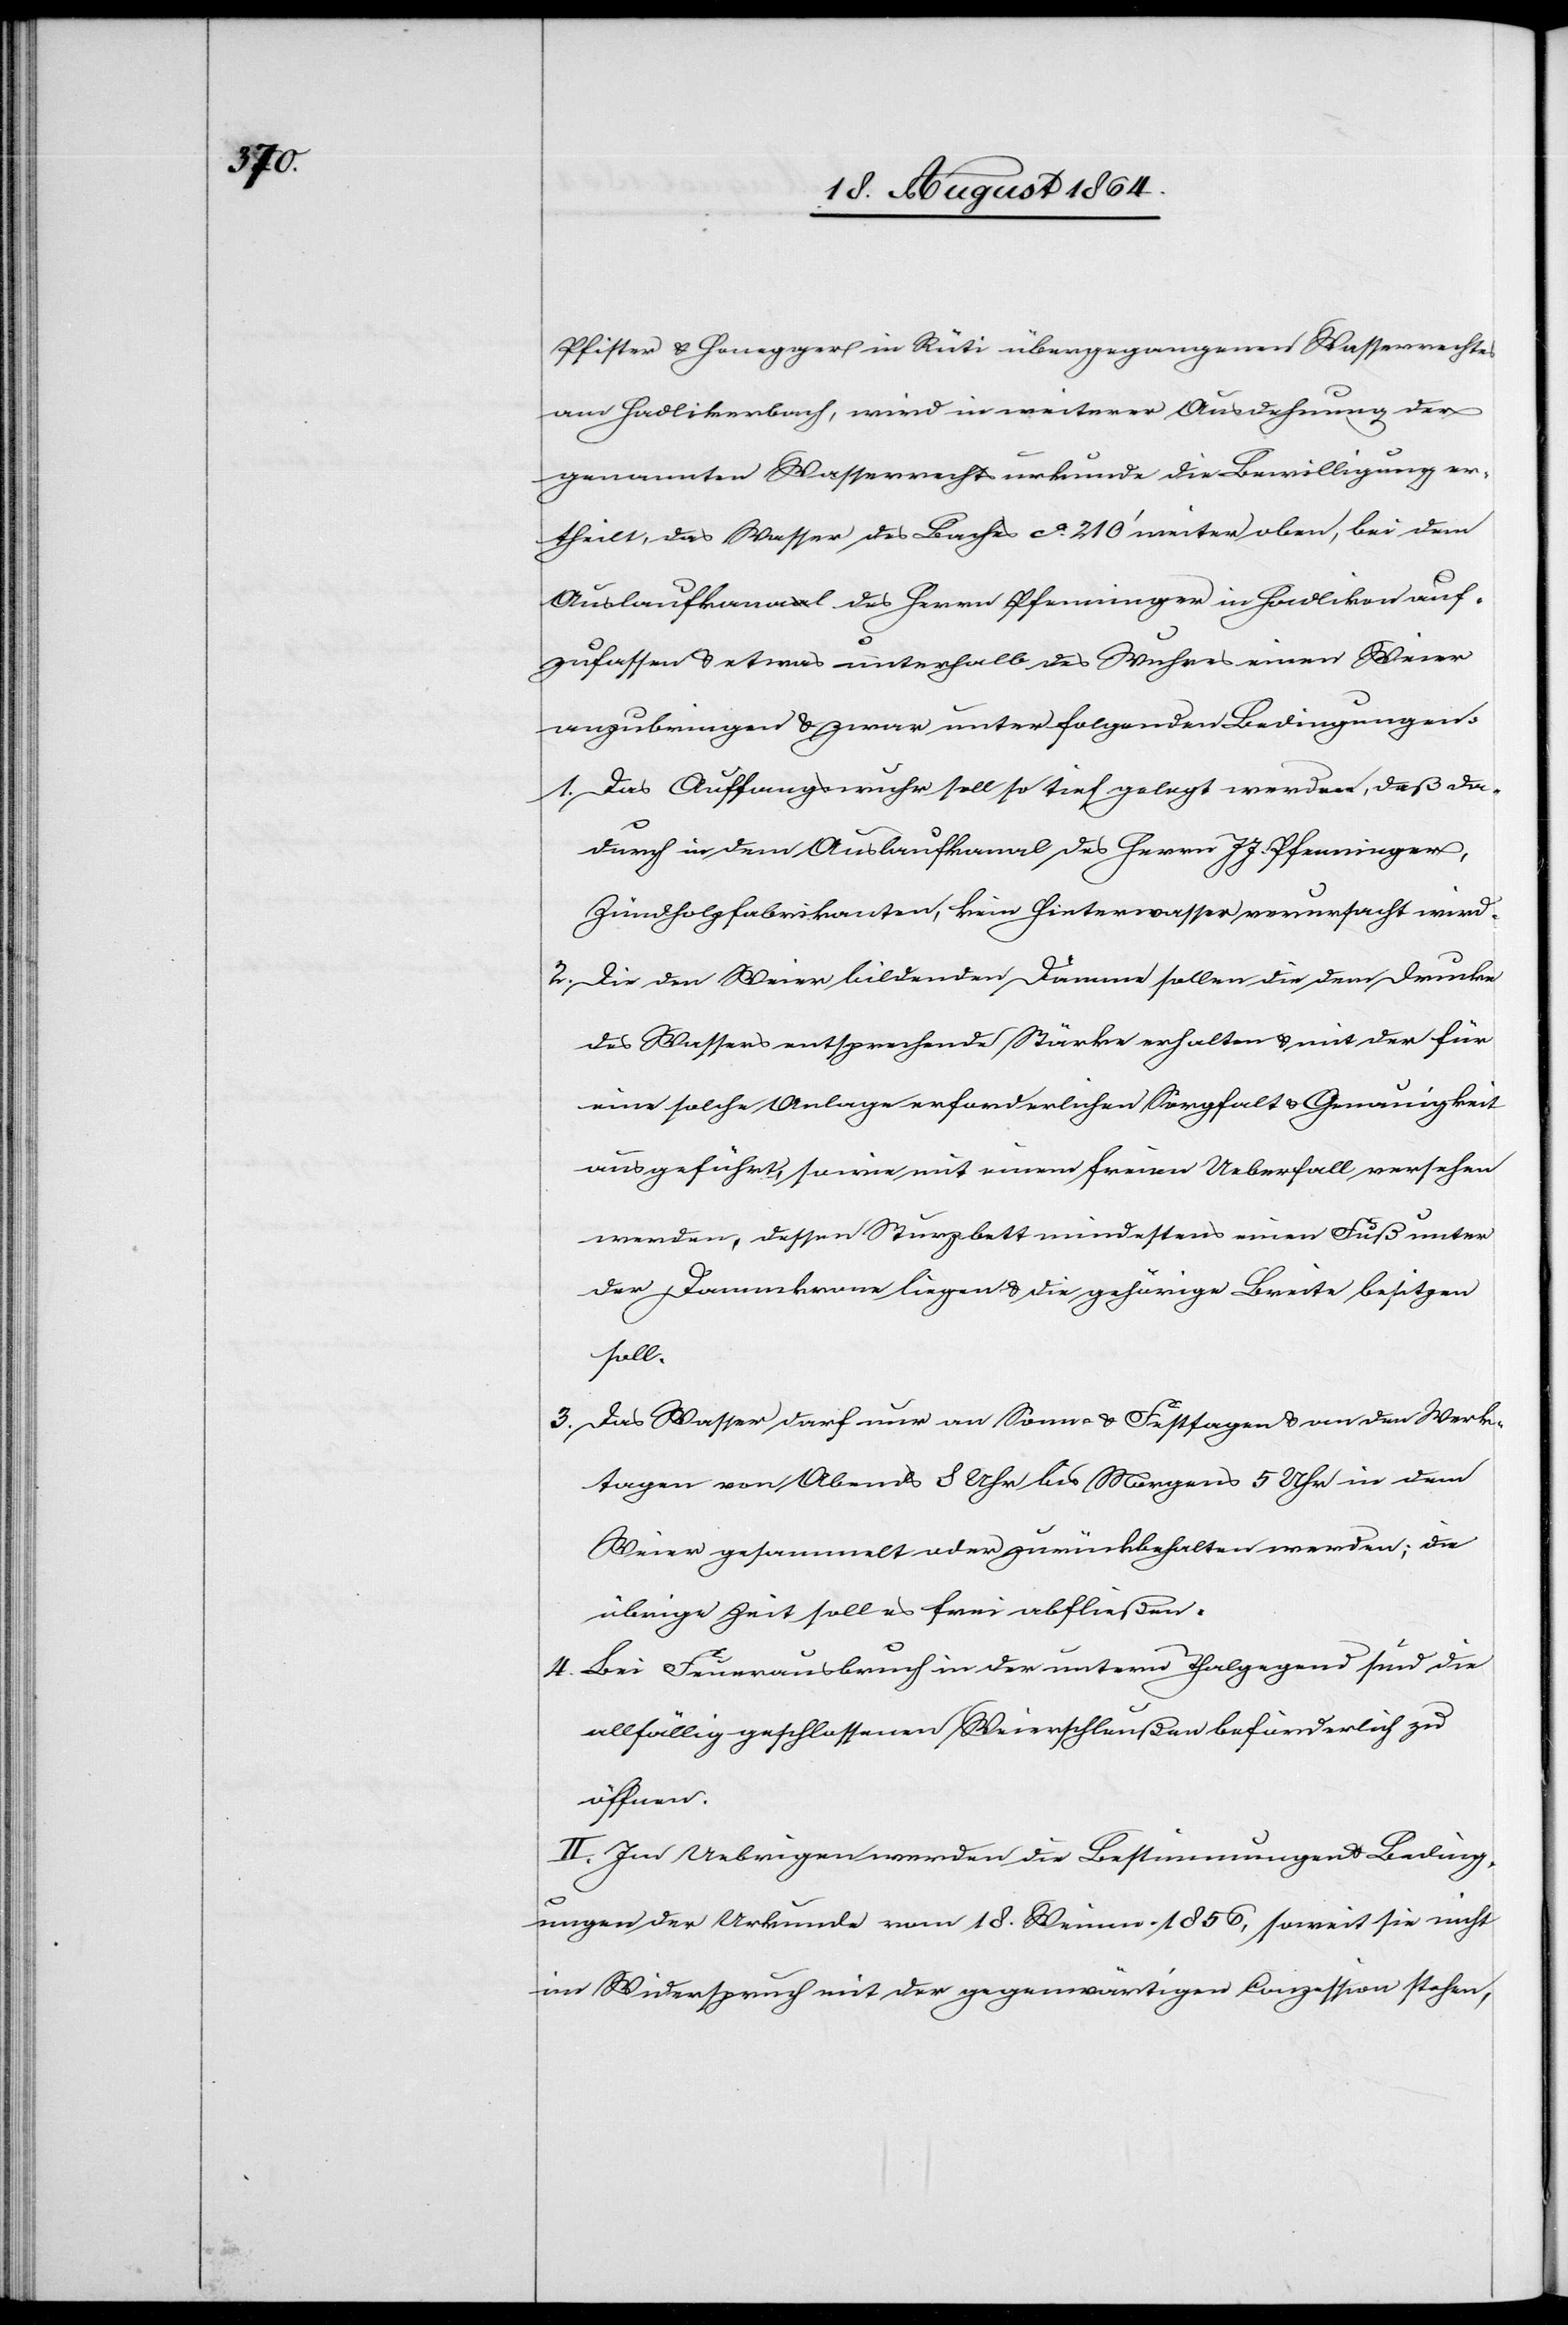
Pfister & Honegger in Rüti übergegangenen Wasserrechtes
am Hadlikerbach, wird in weiterer Ausdehnung der
genannten Wasserrechtsurkunde die Bewilligung er¬
theilt, das Wasser des Baches ca. 210’ weiter oben, bei dem
Auslaufkanal des Herrn Pfenninger in Hadlikon auf¬
zufassen & etwas unterhalb des Wuhres einen Weier
anzubringen & zwar unter folgenden Bedingungen:
1)	Das Auffangswuhr soll so tief gelegt werden, daß da¬
durch in dem Auslaufkanal des Herrn J. J. Pfenninger,
Zündholzfabrikanten, kein Hinterwasser verursacht wird.
2)	Die den Weier bildenden Dämme sollen die dem Drucke
des Wassers entsprechende Stärke erhalten & mit der für
eine solche Anlage erforderlichen Sorgfalt & Genauigkeit
ausgeführt, sowie mit einem freien Ueberfall versehen
werden, dessen Sturzbett mindestens einen Fuß unter
der Dammkrone liegen & die gehörige Breite besitzen
soll.
3)	Das Wasser darf nur an Sonn- & Festtagen & an den Werk¬
tagen von Abends 8 Uhr bis Morgens 5 Uhr in dem
Weier gesammelt oder zurückbehalten werden; die
übrige Zeit soll es frei abfließen.
4) 	Bei Feuerausbruch in der untern Thalgegend sind die
allfällig geschlossenen Weierschleußen beförderlich zu
öffnen.
II. Im Uebrigen werden die Bestimmungen & Beding¬
ungen der Urkunde vom 18. Weinm. 1856, soweit sie nicht
im Widerspruch mit der gegenwärtigen Conzession stehen,